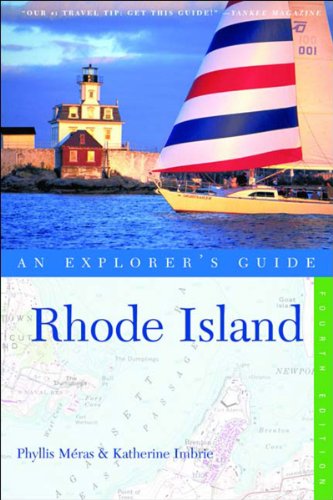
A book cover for Rhode Island: An Explorer's Guide, Fourth Edition; Phyllis Meras; Travel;